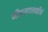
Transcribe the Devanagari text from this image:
जीएसएलव्हीचे